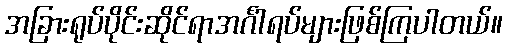
အခြားရုပ်ပိုင်းဆိုင်ရာအင်္ဂါရပ်များဖြစ်ကြပါတယ်။